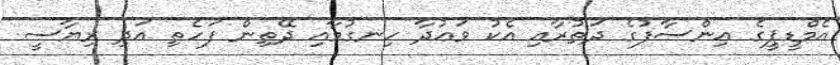
އެމްޑީޕީގެ އިންސާފުގެ ދަތުރާއި އެކު ވަޢުދާ ހިނގުމާއި ދޭތިން ފަހެތި އަދި ރިޔާސީ